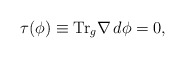
\begin{align*}\tau(\phi) \equiv {\rm Tr}_g\nabla\,d \phi=0,\end{align*}